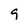
Character: 9